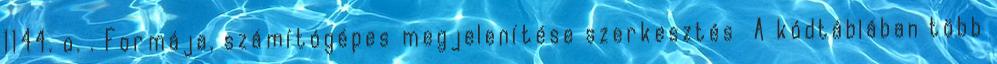
1144. o. . Formája, számítógépes megjelenítése szerkesztés A kódtáblában több